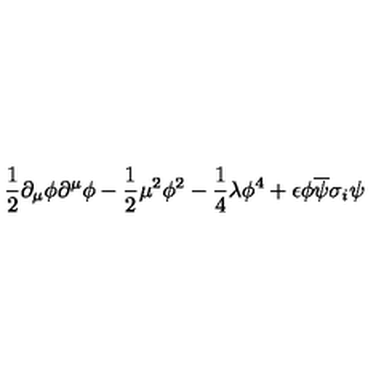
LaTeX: \frac { 1 } { 2 } \partial _ { \mu } \phi \partial ^ { \mu } \phi - \frac { 1 } { 2 } \mu ^ { 2 } \phi ^ { 2 } - \frac { 1 } { 4 } \lambda \phi ^ { 4 } + \epsilon \phi \overline { { \psi } } \sigma _ { i } \psi